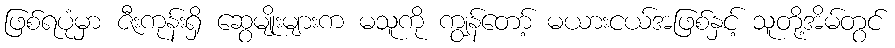
ဖြစ်ရပုံမှာ ဇီးကုန်းရှိ ဆွေမျိုးများက မသူကို ကျွန်တော့် မယားငယ်အဖြစ်နှင့် သူတို့အိမ်တွင်